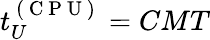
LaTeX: t_{U}^{\mathrm{~(~C~P~U~)~}}=CMT